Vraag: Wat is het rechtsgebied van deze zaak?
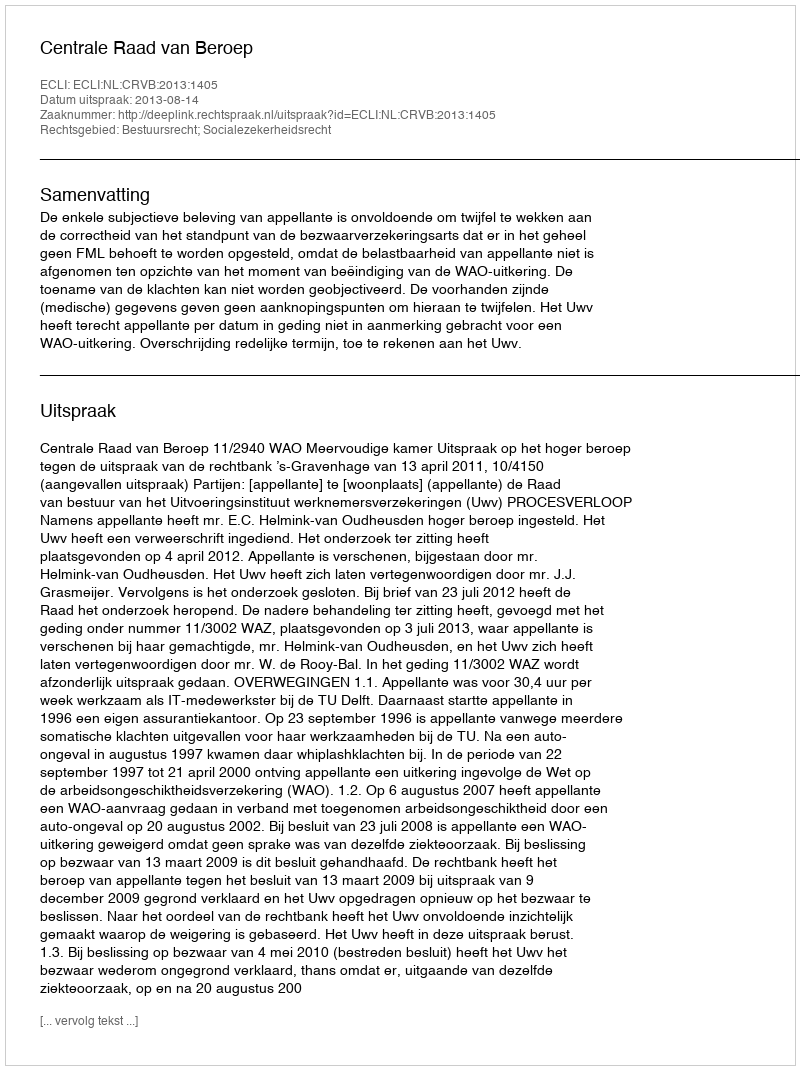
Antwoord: Bestuursrecht; Socialezekerheidsrecht